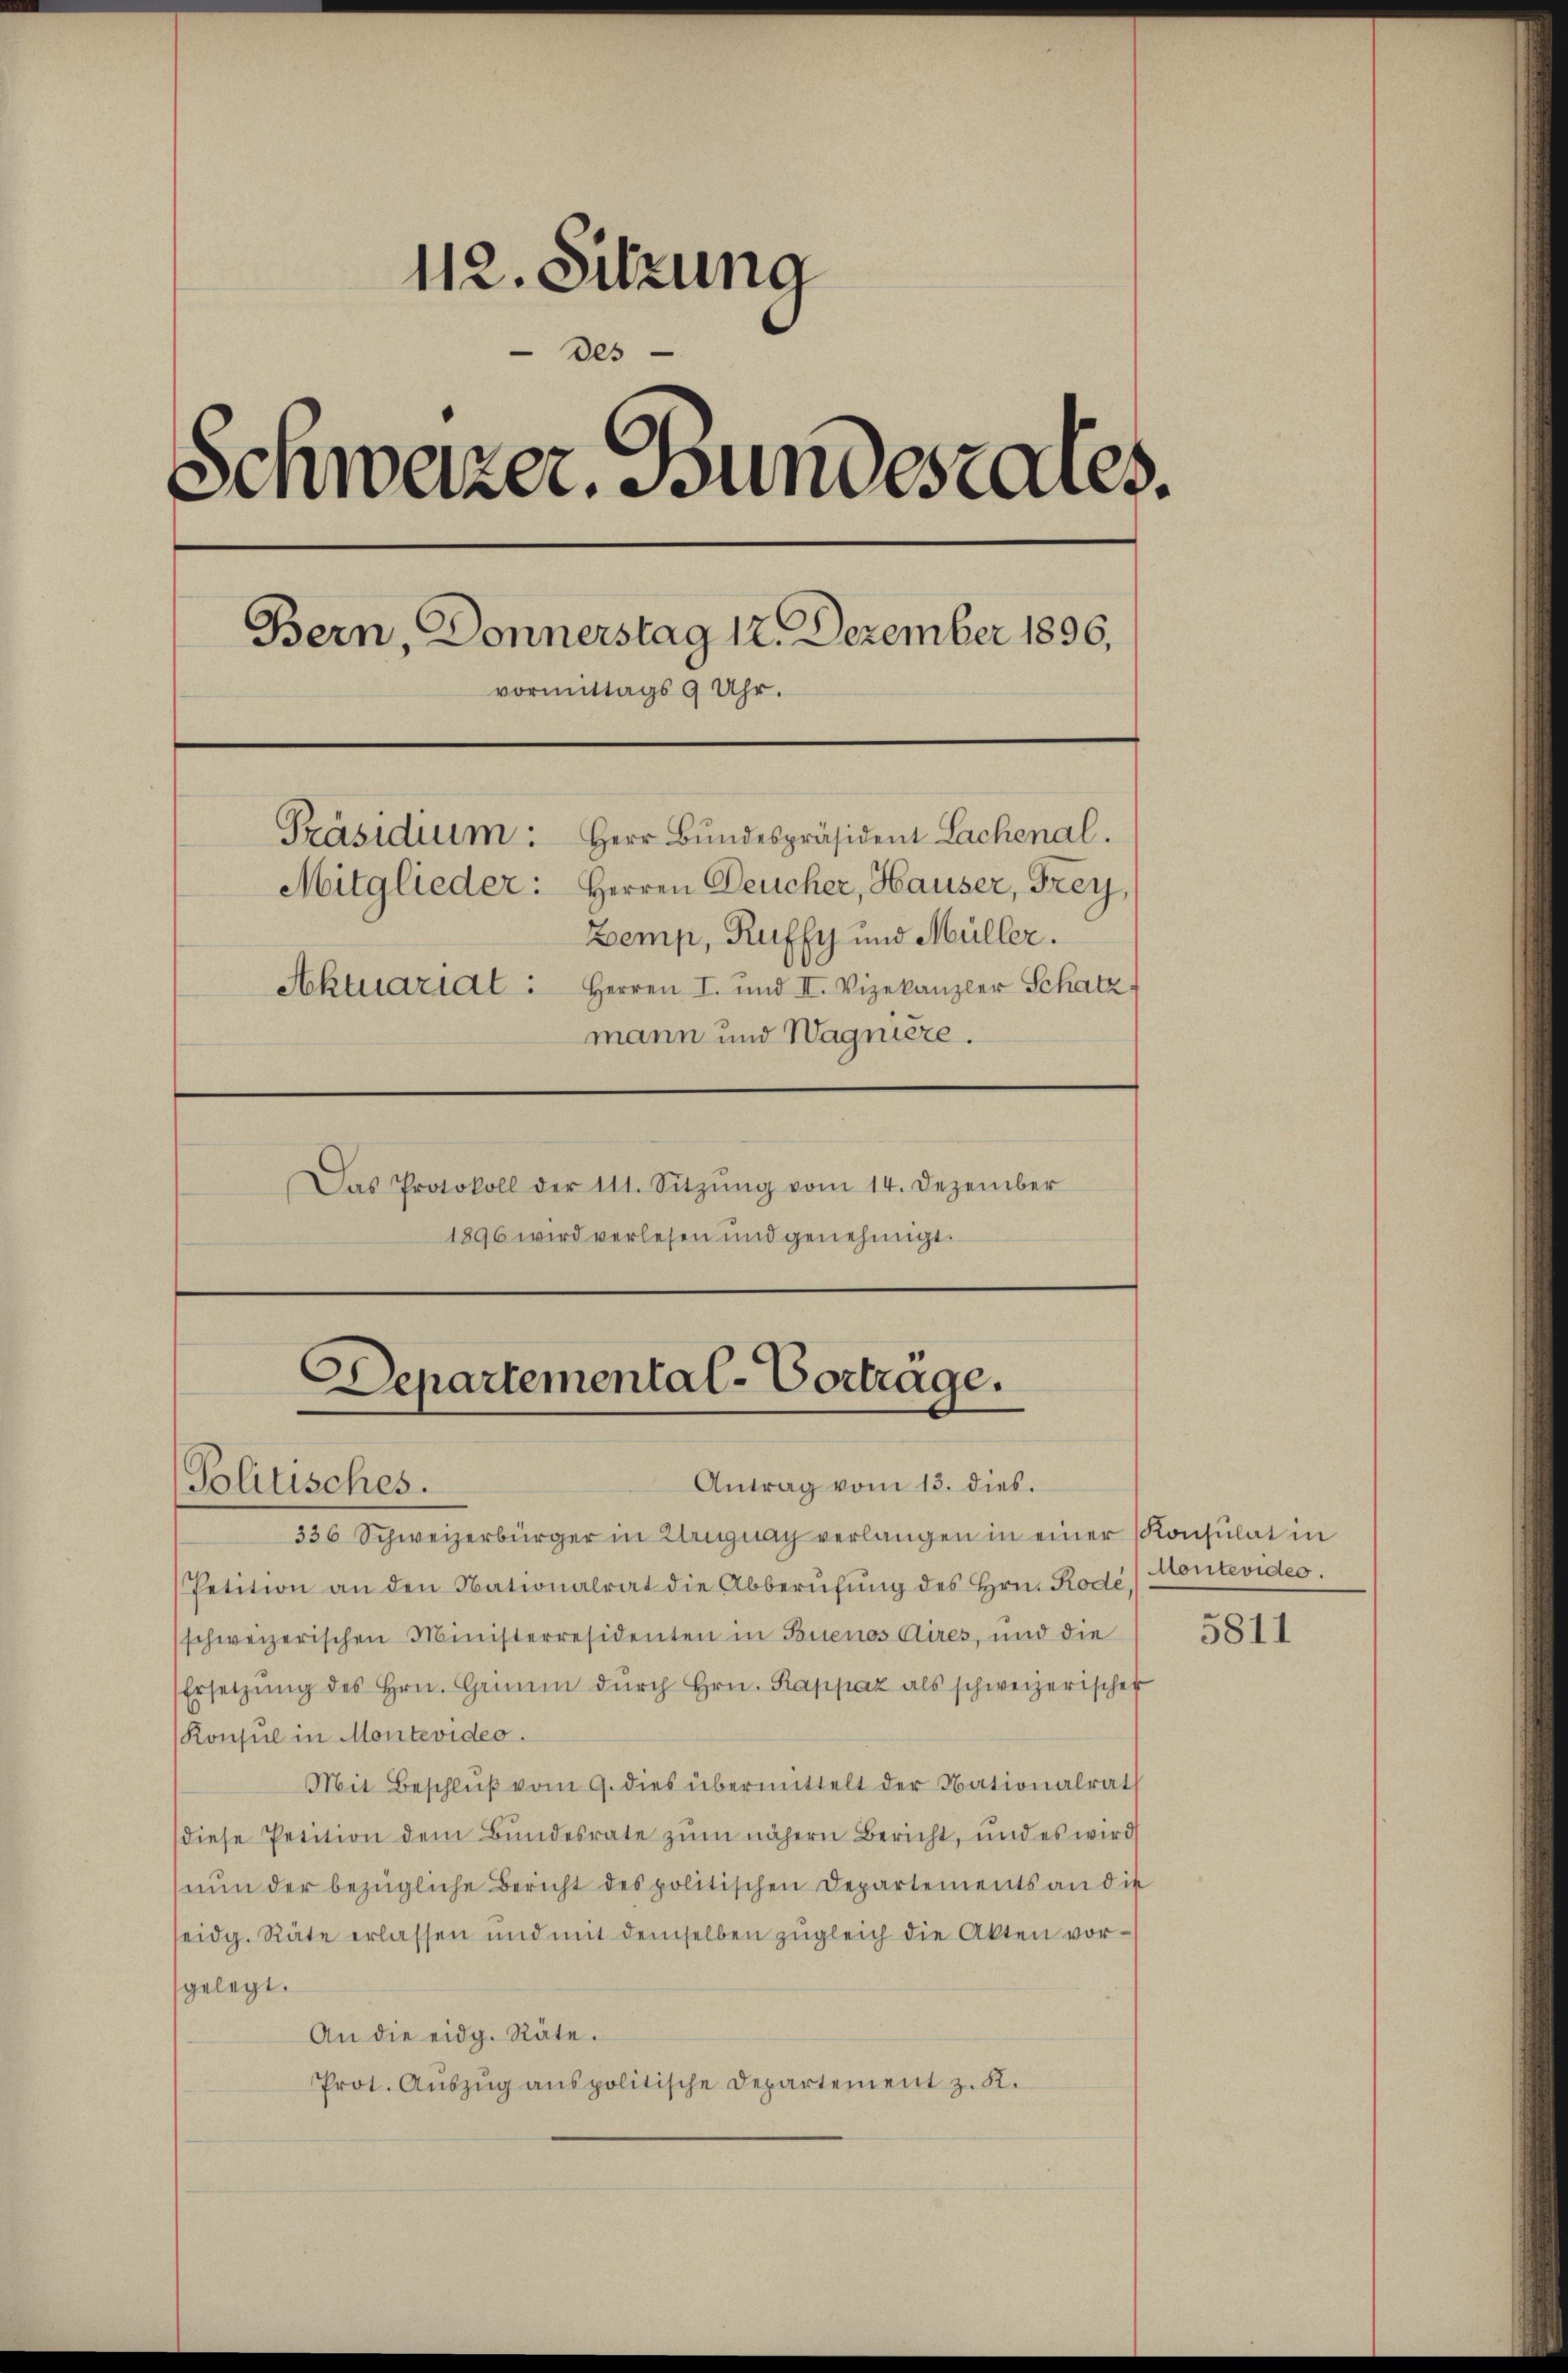
112. Sitzung
des
Schweizer. Bundesteres.
Bern, Donnerstag 12. Dezember 1896,
vormittags 9 Uhr.
Präsidium:
Herr Bundespräsident Lachenal.
Mitglieder: Herren Deucher, Hauser, Frey,
Zemp, Ruffy und Müller.
Aktuariat: Herren I. und II. Vizekanzler Schatz
mann und Wagnière.
Das Protokoll der 111. Sitzŭng vom 14. Dezember
1896 wird verlesen und genehmigt.

Departemental-Vorträge.
Antrag vom 13. dies.
Politisches.

336 Schweizerbürger in Zug nach verlangen in einer Konsulat in
Petition an den Nationalrat die Abberŭfŭng des Hrn. Rodé) Montevides.
schweizerischen Ministerresidenten in Buenos Aires, und die
Ersetzŭng des Hrn. Grimm dŭrch Hrn. Rappaz als schweizerischer
Konsul in Montevideo.
Mit Beschlŭβ vom 9. dies übermittelt der Nationalrath
diese Petition dem Bundesrate zŭm nähern Bericht, und es wird
nŭn der bezügliche Bericht des politischen Departements an die
eidg. Räte erlassen und mit demselben zŭgleich die Akten vor-
gelegt.
An die eidg. Räte.
Prot. Aŭszŭg anspolitische Departement z. B.

5811